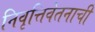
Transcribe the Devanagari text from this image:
निवृत्तिवेतनाची